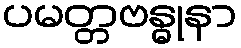
ပမတ္တဗန္ဓုနာ